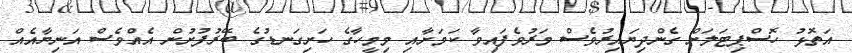
އަތޮޅު ހޮސްޕިޓަލަށް ގެންދިޔައިރުވެސް މަރުވެފައިވާ ކަމަށާއި މިމީހާގެ ހަށިގަނޑުގެ ބޭރުފުށުން އެއްވެސް އަނިޔާއެއް